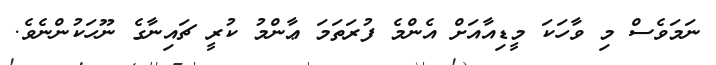
ނަމަވެސް މި ވާހަކަ މީޑިއާއަށް އެންމެ ފުރަތަމަ ޢާންމު ކުރީ ޗައިނާގެ ނޫހަކުންނެވެ.